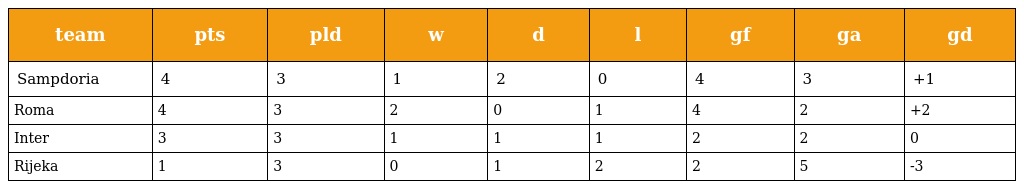
| team | pts | pld | w | d | l | gf | ga | gd |
 | --- | --- | --- | --- | --- | --- | --- | --- | --- |
 | Sampdoria | 4 | 3 | 1 | 2 | 0 | 4 | 3 | +1 |
 | Roma | 4 | 3 | 2 | 0 | 1 | 4 | 2 | +2 |
 | Inter | 3 | 3 | 1 | 1 | 1 | 2 | 2 | 0 |
 | Rijeka | 1 | 3 | 0 | 1 | 2 | 2 | 5 | -3 |